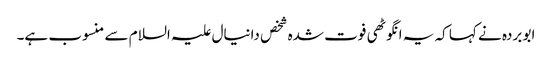
ابو بردہ نے کہا کہ یہ انگوٹھی فوت شدہ شخص دانیال علیہ السلام سے منسوب ہے۔